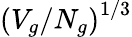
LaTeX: \left(V_{g}/N_{g}\right)^{1/3}